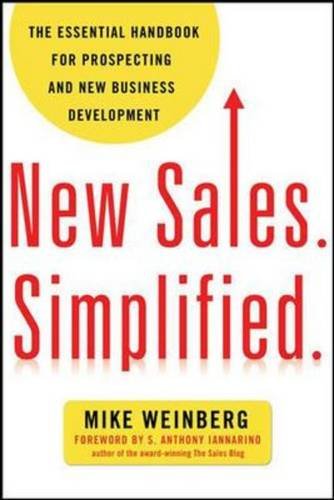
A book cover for New Sales. Simplified.: The Essential Handbook for Prospecting and New Business Development; Mike Weinberg; Business & Money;